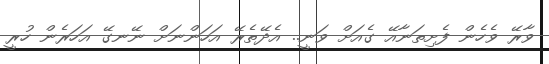
ވާރޭ ވެހެން ފެށިތަނާއޭ ގެއަށް ވަނީ.. އެދޭތެރޭ އަހަންނަށް ނޭނގޭ އަހަރެން ހުރީ